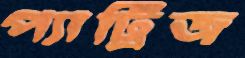
প্যাট্রিজ